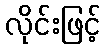
လိုင်းဖြင့်